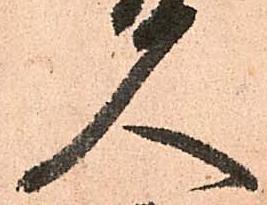
人